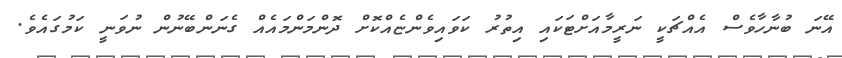
އޭނަ ބުނާހާވެސް އެއްޗަކީ ނަރީމާއަށްޓަކައި އިތުރު ކަވައިވެންޏެއްކޮށް ދޮންމަންމައެއް ގެނަންބޭނުން ނުވަނީ ކަމުގައެވެ.